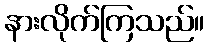
နားလိုက်ကြသည်။